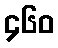
၄၆၀